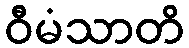
ဝီမံသာတိ